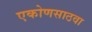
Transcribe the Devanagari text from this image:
एकोणसाठवा